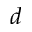
d